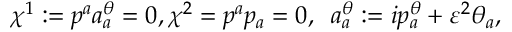
\chi ^ { 1 } : = p ^ { a } a _ { a } ^ { \theta } = 0 , \chi ^ { 2 } = p ^ { a } p _ { a } = 0 , \; \; a _ { a } ^ { \theta } : = i p _ { a } ^ { \theta } + \varepsilon ^ { 2 } \theta _ { a } ,